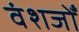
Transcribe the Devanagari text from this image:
वंशजोँ